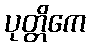
ပုတ္တိကေ